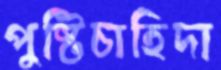
পুষ্টিচাহিদা